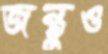
জন্তুও